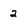
Character: 2